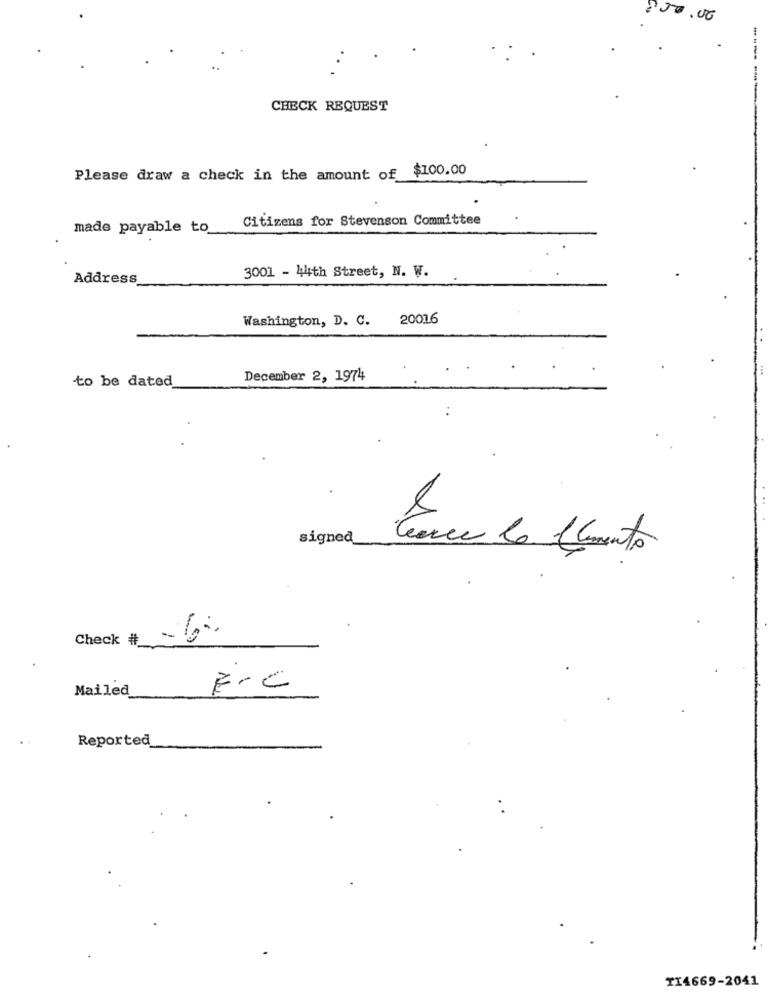
250.00
CHECK REQUEST
Please draw a check in the amount of $100.00
Citizens for Stevenson Committee
made payable to
3001 - 44th Street, N. W.
Address
Washington, D. C.
2001.6
to be dated
December 2, 1974
signed
Parce Le Momento
Check #
Mailed
E.C
Reported
TI4669-2041